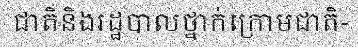
ជាតិនិងរដ្ឋបាលថ្នាក់ក្រោមជាតិ-